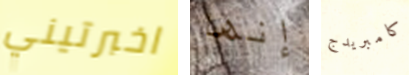
اخبرتيني إنها كامبريدج